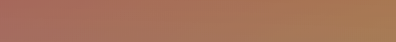
Speed Limit 60